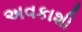
અવકાશી